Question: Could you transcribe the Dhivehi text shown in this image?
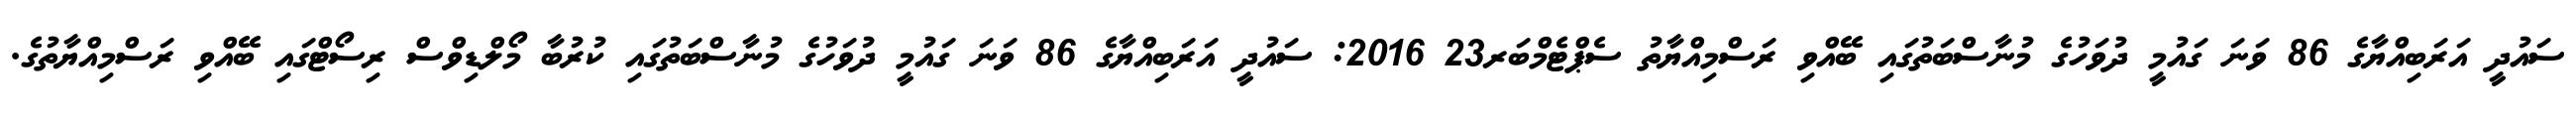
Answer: ސައުދީ އަރަބިއްޔާގެ 86 ވަނަ ގައުމީ ދުވަހުގެ މުނާސްބަތުގައި ބޭއްވި ރަސްމިއްޔާތު ސެޕްޓެމްބަރ23 2016: ސައުދީ އަރަބިއްޔާގެ 86 ވަނަ ގައުމީ ދުވަހުގެ މުނާސްބަތުގައި ކުރުބާ މޯލްޑިވްސް ރިސޯޓްގައި ބޭއްވި ރަސްމިއްޔާތުގެ.